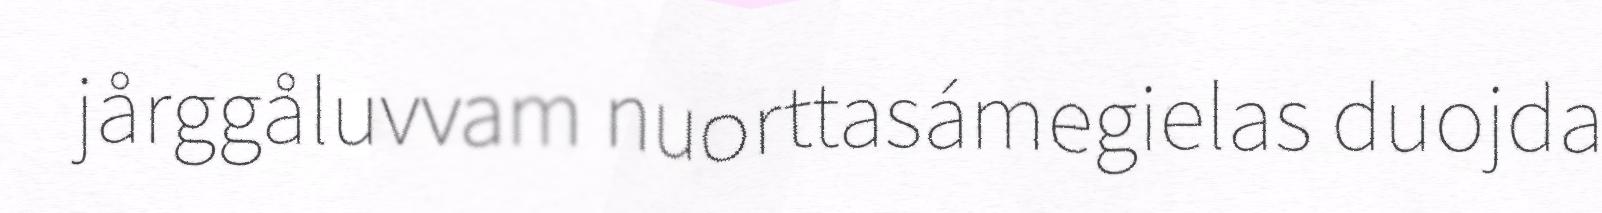
jårggåluvvam nuorttasámegielas duojda